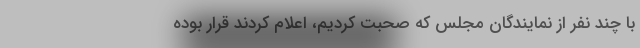
با چند نفر از نمایندگان مجلس که صحبت کردیم، اعلام کردند قرار بوده